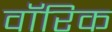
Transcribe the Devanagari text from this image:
वॉरिक